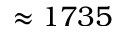
\approx 1 7 3 5